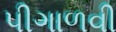
પીગાળવી